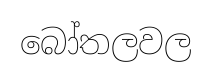
බෝතලවල